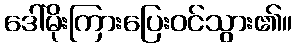
ဒေါ်မိုးကြားပြေးဝင်သွား၏။